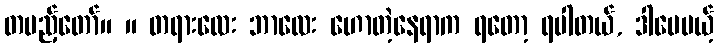
တပည့်တော်။ ။ တရားလေး ဘာလေး ဟောတဲ့နေရာက ရတော့ ရပါတယ်, ဒါပေမယ့်